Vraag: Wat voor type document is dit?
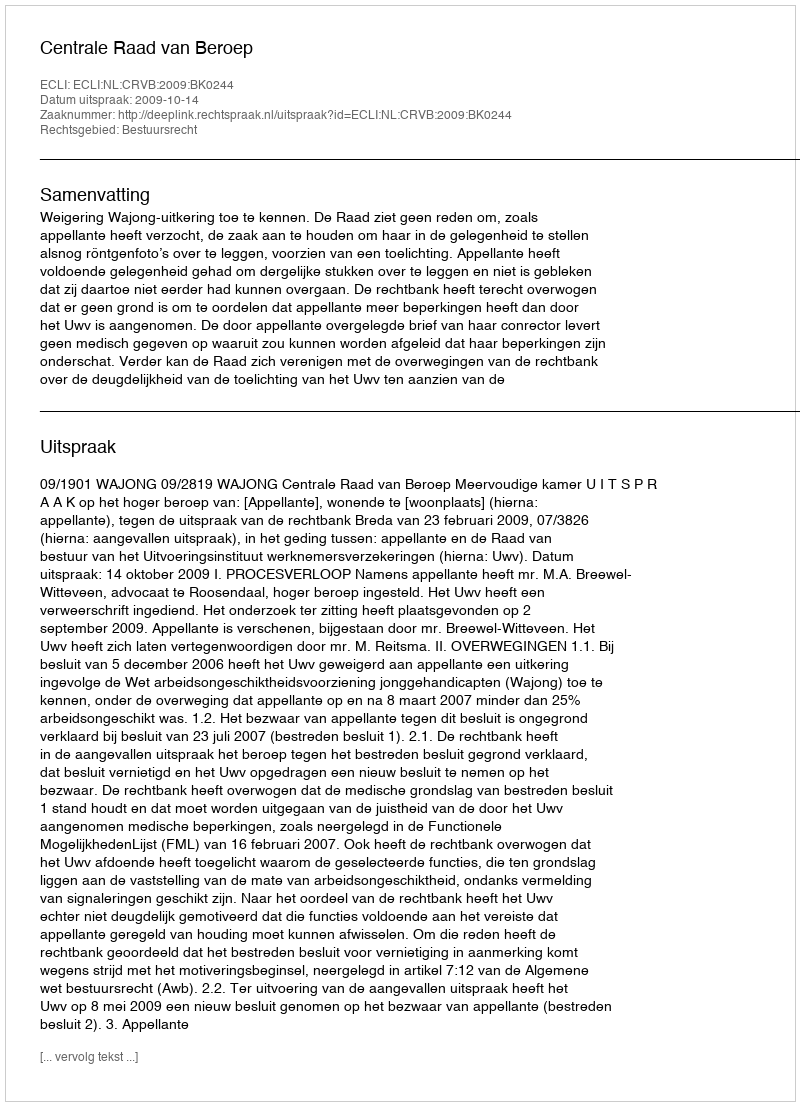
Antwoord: Uitspraak